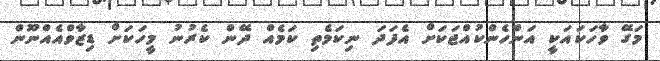
މަގޭ ވާހަކައަކީ އަންހެންކުއްޖަކަށް އެފަދަ ނިކަމެތި ކަމެއް ދޭން ކެރުނު މީހަކަށް ޑިޒާވްއެއްނޫން